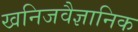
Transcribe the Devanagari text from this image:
खनिजवैज्ञानिक